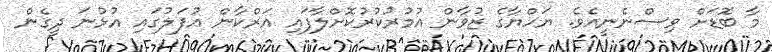
މާ ބޮޑަށް ވިސްނެނީއެވެ. ޔަހްޔާގެ ޒުވާން އުމުރުކުރުކޮށްލާފައި އަރްކާން އުފަލުގައި އުޅުނަ ދީގެން